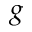
g